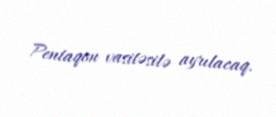
Pentaqon vasitəsilə ayrılacaq.